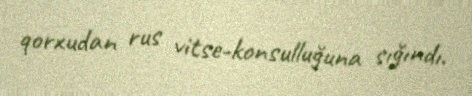
qorxudan rus vitse-konsulluğuna sığındı.